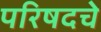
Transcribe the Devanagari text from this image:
परिषदचे